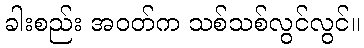
ခါးစည်း အဝတ်က သစ်သစ်လွင်လွင်။